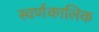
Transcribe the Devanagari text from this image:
स्वर्णकालिक